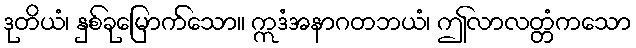
ဒုတိယံ၊ နှစ်ခုမြောက်သော။ ဣဒံအနာဂတဘယံ၊ ဤလာလတ္တံကသော